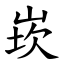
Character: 崁